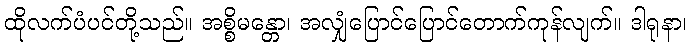
ထိုလက်ပံပင်တို့သည်။ အစ္စိမန္တော၊ အလျှံပြောင်ပြောင်တောက်ကုန်လျက်။ ဒါရုနာ၊